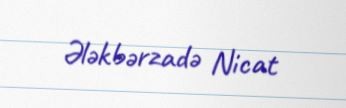
Ələkbərzadə Nicat